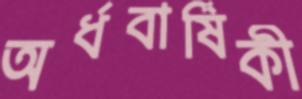
অর্ধবার্ষিকী